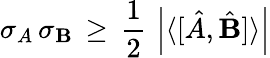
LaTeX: \sigma_{A}\, \sigma_{\mathbf{B}}\, \geq\, {\frac{{1}}{{2}}}\, \left|\langle[{\hat{{A}}},{\hat{{\mathbf{B}}}}]\rangle\right|